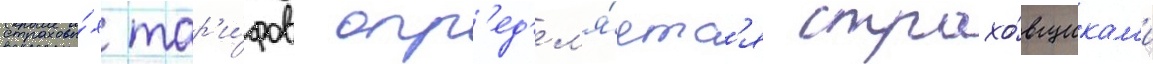
страховы́х тар'и́фов опр'ед'ел'я́етс'я страхо́вщикам'и